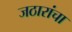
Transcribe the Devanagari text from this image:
जठारांचा